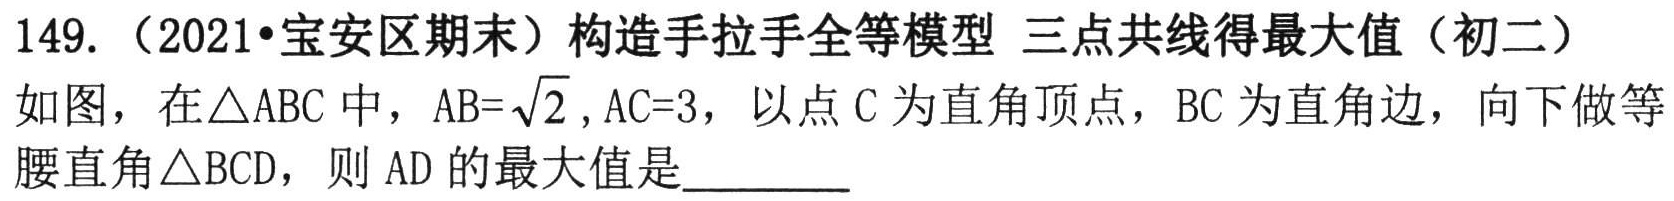
149.（2021•宝安区期末）构造手拉手全等模型 三点共线得最大值（初二）
如图，在\(\triangle ABC\)中，\(AB = \sqrt{2}\)，\(AC = 3\)，以点\(C\)为直角顶点，\(BC\)为直角边，向下做等腰直角\(\triangle BCD\)，则\(AD\)的最大值是_________